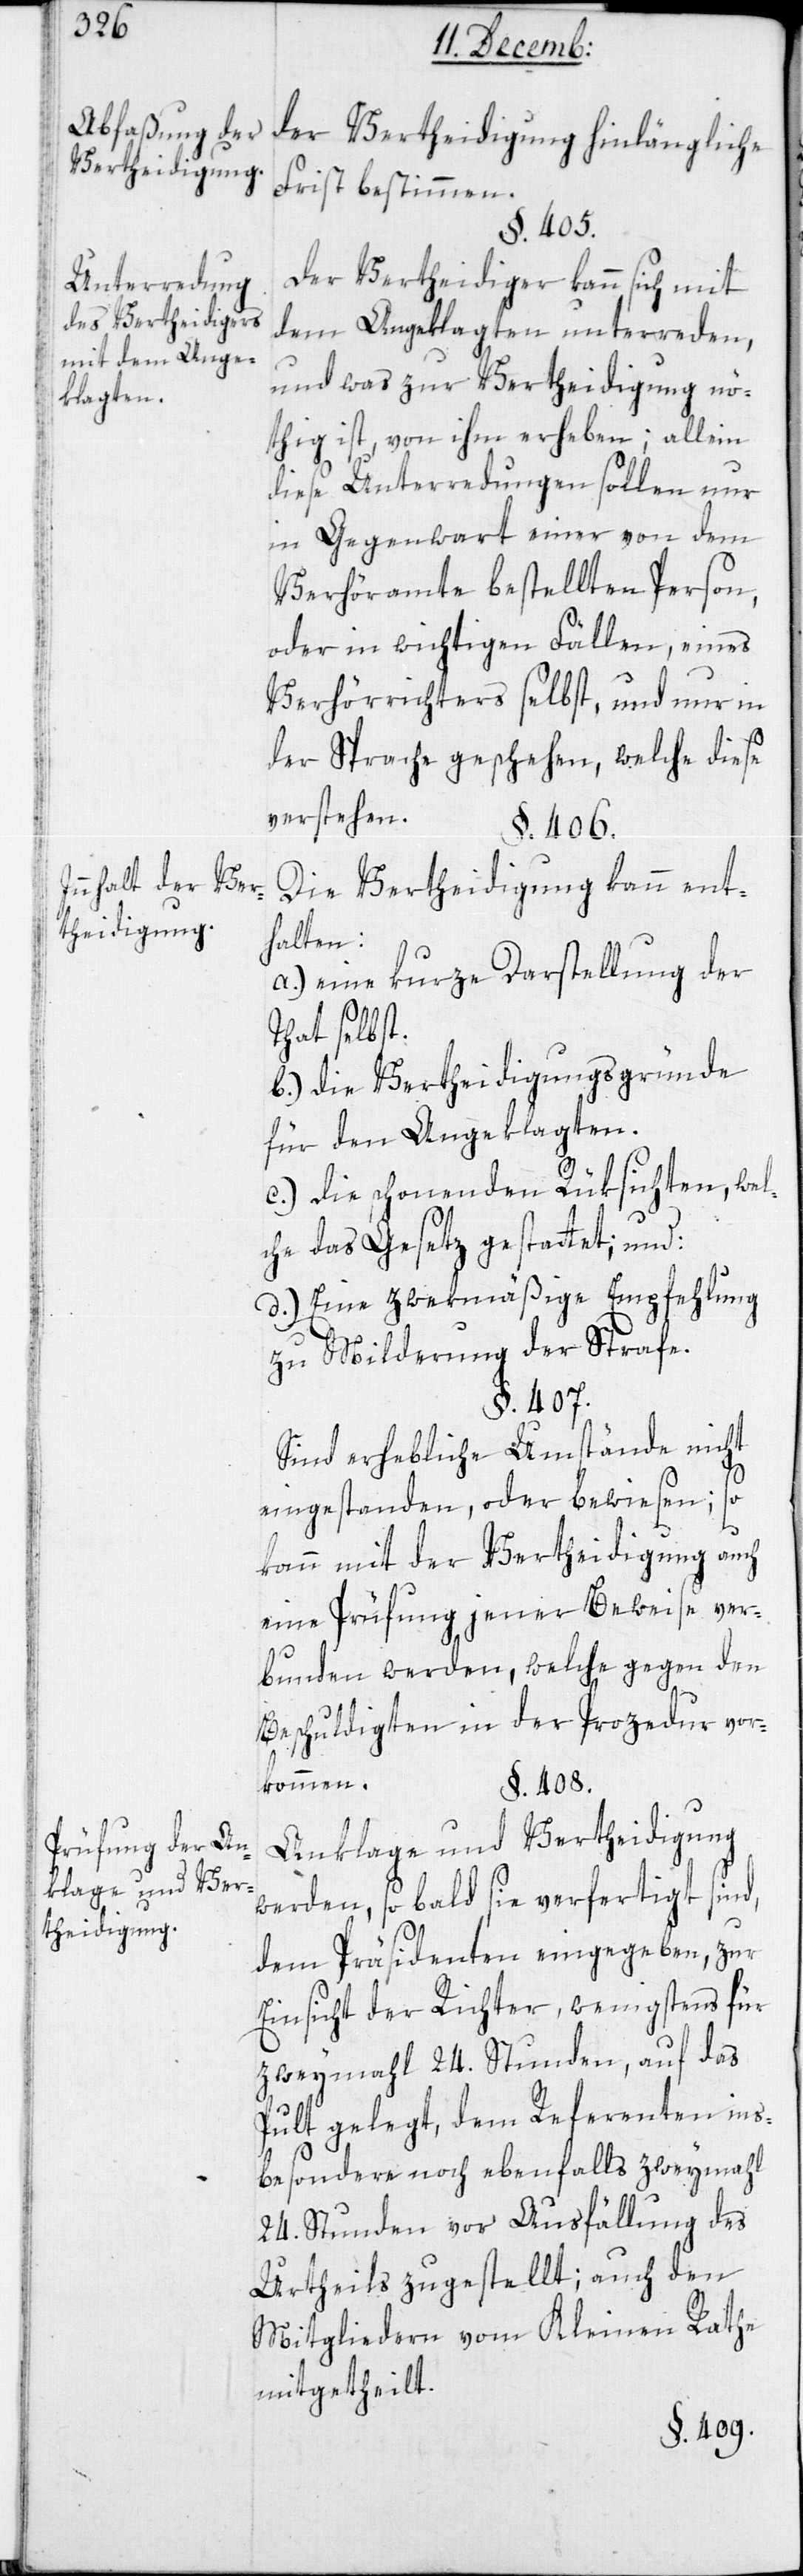
Unterredung
des Vertheidigers
mit dem Ange¬
klagten.
Innhalt der Ver¬
theidigung.
Prüfung der An¬
klage und Ver¬
theidigung.

der Verteidigung hinlängliche
Frist bestimmen.
§. 405.
Der Vertheidiger kann sich mit
dem Angeklagten unterreden,
und was zur Verteidigung nö¬
thig ist, von ihm erheben; allein
diese Unterredungen sollen nur
in Gegenwart einer von dem
Verhöramte bestellten Person,
oder in wichtigen Fällen, eines
Verhörrichters selbst, und nur in
der Sprache geschehen, welche diese
verstehen.
§. 406.
Die Verteidigung kann ent¬
halten:
a.) Eine kurze Darstellung der
That selbst.
b.) Die Vertheidigungsgründe
für den Angeklagten.
c.) Die schonenden Rüksichten, wel¬
che das Gesetz gestattet.
d.) Eine zwekmäßige Empfehlung
zu Milderung der Strafe.
§. 407.
Sind erhebliche Umstände nicht
eingestanden, oder bewiesen; so
kann mit der Vertheidigung auch
eine Prüfung jener Beweise ver¬
bunden werden, welche gegen den
Beschuldigten in der Prozedur vor¬
kommen.
§. 408.
Anklage und Vertheidigung
werden, so bald sie verfertigt sind,
dem Präsidenten eingegeben, zur
Einsicht der Richter, wenigstens für
zweymahl 24. Stunden, auf das
Pult gelegt, dem Referenten ins¬
besondere noch ebenfalls zweymahl
24. Stunden vor Ausfällung des
Urtheils zugestellt; auch den
Mitgliedern vom Kleinen Rathe
mitgetheilt.